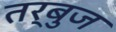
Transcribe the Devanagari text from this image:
तर्बुज